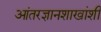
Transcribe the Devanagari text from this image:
आंतरज्ञानशाखांशी